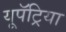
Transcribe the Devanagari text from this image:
यूपॅट्रिया